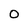
Character: 0